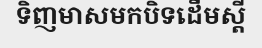
ទិញមាសមកបិទដើមស្តី